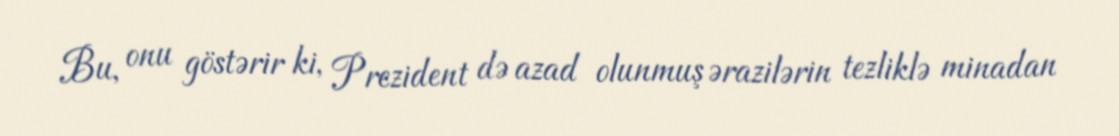
Bu, onu göstərir ki, Prezident də azad olunmuş ərazilərin tezliklə minadan